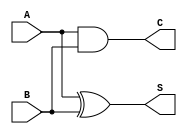
module CurrentModeHalfAdder (
    input wire A,  // Current input representing the first binary digit
    input wire B,  // Current input representing the second binary digit
    output wire S, // Current output representing the sum
    output wire C  // Current output representing the carry
);

    // Logic for Sum (S = A XOR B)
    assign S = A ^ B;

    // Logic for Carry (C = A AND B)
    assign C = A & B;

endmodule